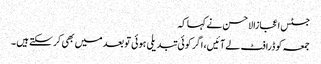
جسٹس اعجازالاحسن نے کہا کہ
جمعہ کو ڈرافٹ لے آئیں، اگر کوئی تبدیلی ہوئی تو بعد میں بھی کر سکتے ہیں ۔